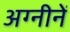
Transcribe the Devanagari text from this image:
अग्नीनें